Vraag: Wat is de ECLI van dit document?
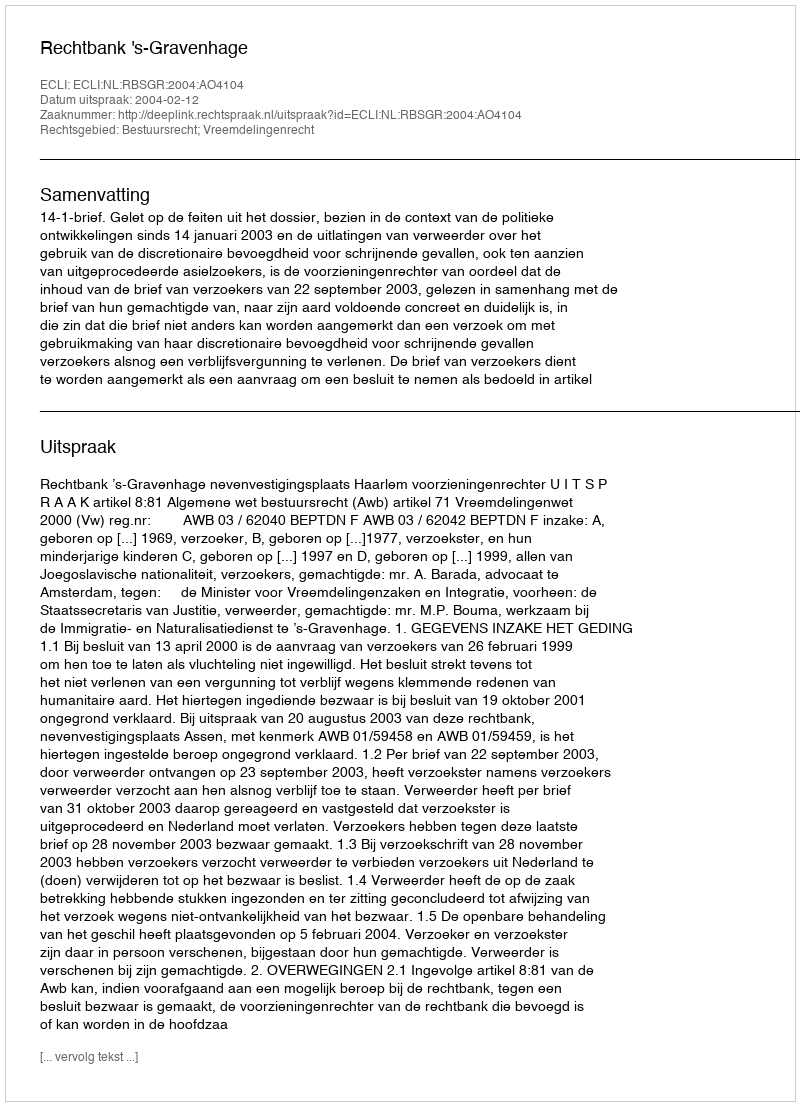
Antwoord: ECLI:NL:RBSGR:2004:AO4104